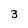
Character: 3